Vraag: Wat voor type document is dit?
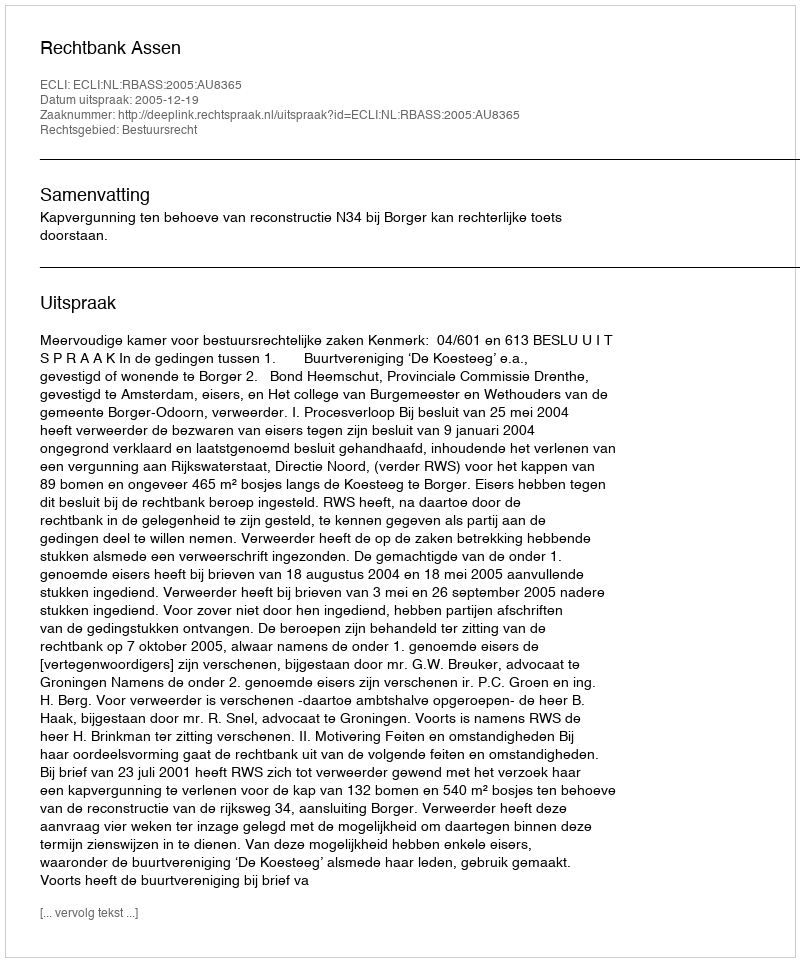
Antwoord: Uitspraak